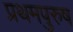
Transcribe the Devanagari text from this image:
प्रथमपुरुष